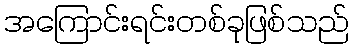
အကြောင်းရင်းတစ်ခုဖြစ်သည်